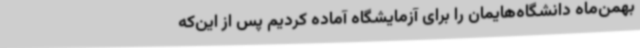
بهمن‌ماه دانشگاه‌هایمان را برای آزمایشگاه آماده کردیم پس از این‌که